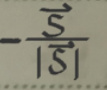
\[-\frac{\vec{S}}{|\vec{S}|}\]